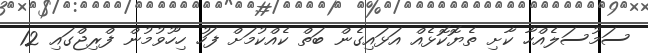
ސަމުސަލެއްހާ ކާށި ތެޔޮކޮޅެއް އަޅައިގެން ބަތް ކެއްކުމަށް ފަހު ހިހޫވުމުން ފްރިޖްގައި 12